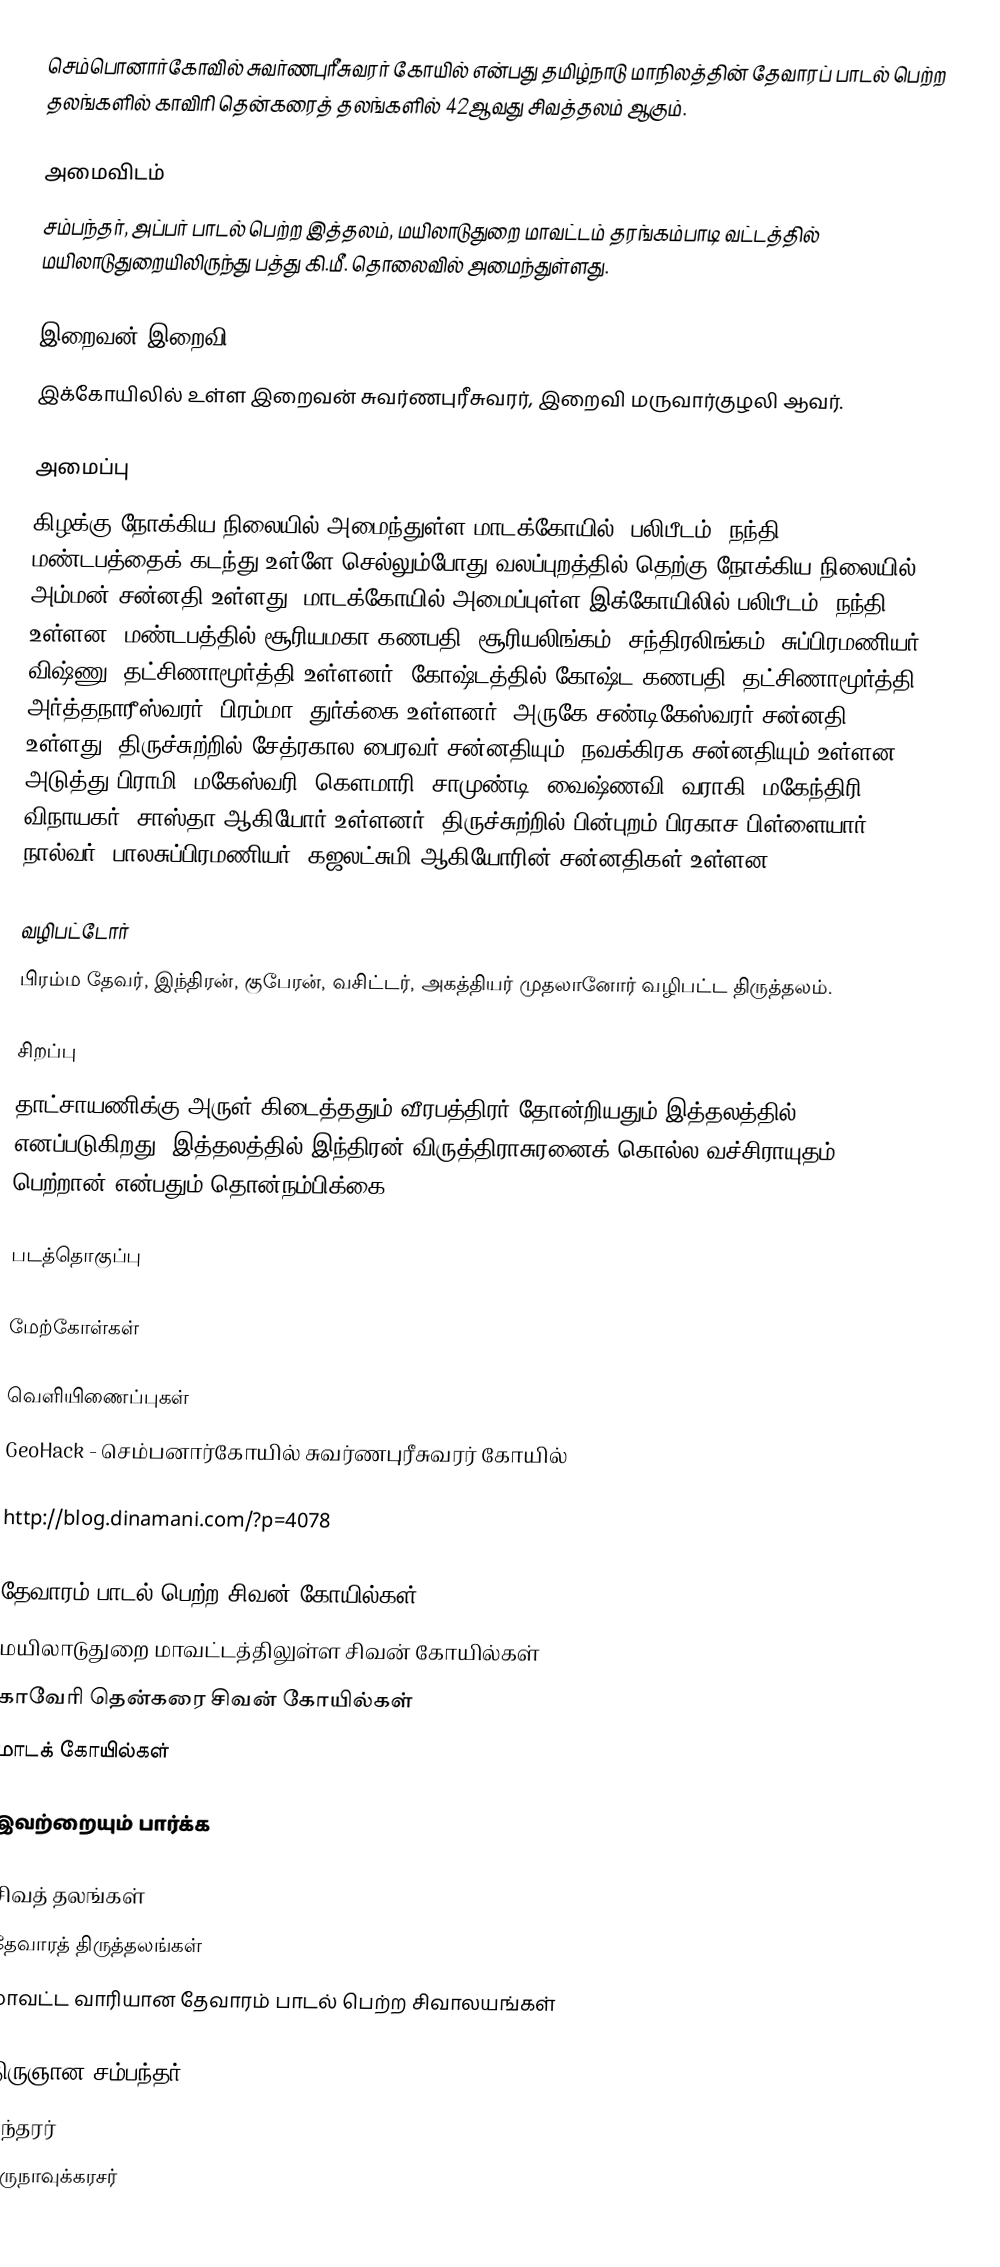
செம்பொனார்கோவில் சுவர்ணபுரீசுவரர் கோயில் என்பது தமிழ்நாடு மாநிலத்தின் தேவாரப் பாடல் பெற்ற தலங்களில் காவிரி தென்கரைத் தலங்களில் 42ஆவது சிவத்தலம் ஆகும்.

அமைவிடம்
சம்பந்தர், அப்பர் பாடல் பெற்ற இத்தலம், மயிலாடுதுறை மாவட்டம்  தரங்கம்பாடி வட்டத்தில் மயிலாடுதுறையிலிருந்து பத்து கி.மீ. தொலைவில் அமைந்துள்ளது.

இறைவன்,இறைவி
இக்கோயிலில் உள்ள இறைவன் சுவர்ணபுரீசுவரர், இறைவி மருவார்குழலி ஆவர்.

அமைப்பு
கிழக்கு நோக்கிய நிலையில் அமைந்துள்ள மாடக்கோயில். பலிபீடம், நந்தி மண்டபத்தைக் கடந்து உள்ளே செல்லும்போது வலப்புறத்தில் தெற்கு நோக்கிய நிலையில் அம்மன் சன்னதி உள்ளது. மாடக்கோயில் அமைப்புள்ள இக்கோயிலில் பலிபீடம், நந்தி உள்ளன. மண்டபத்தில் சூரியமகா கணபதி, சூரியலிங்கம், சந்திரலிங்கம், சுப்பிரமணியர், விஷ்ணு, தட்சிணாமூர்த்தி உள்ளனர். கோஷ்டத்தில் கோஷ்ட கணபதி, தட்சிணாமூர்த்தி, அர்த்தநாரீஸ்வரர், பிரம்மா, துர்க்கை உள்ளனர். அருகே சண்டிகேஸ்வரர் சன்னதி உள்ளது. திருச்சுற்றில் சேத்ரகால பைரவர் சன்னதியும், நவக்கிரக சன்னதியும் உள்ளன. அடுத்து பிராமி, மகேஸ்வரி, கௌமாரி, சாமுண்டி, வைஷ்ணவி, வராகி, மகேந்திரி, விநாயகர், சாஸ்தா ஆகியோர் உள்ளனர். திருச்சுற்றில் பின்புறம் பிரகாச பிள்ளையார், நால்வர், பாலசுப்பிரமணியர், கஜலட்சுமி ஆகியோரின் சன்னதிகள் உள்ளன.

வழிபட்டோர்
பிரம்ம தேவர், இந்திரன், குபேரன், வசிட்டர், அகத்தியர் முதலானோர் வழிபட்ட திருத்தலம்.

சிறப்பு
தாட்சாயணிக்கு அருள் கிடைத்ததும் வீரபத்திரர் தோன்றியதும் இத்தலத்தில் எனப்படுகிறது. இத்தலத்தில் இந்திரன் விருத்திராசுரனைக் கொல்ல வச்சிராயுதம் பெற்றான் என்பதும் தொன்நம்பிக்கை.

படத்தொகுப்பு

மேற்கோள்கள்

வெளியிணைப்புகள்
 GeoHack - செம்பனார்கோயில் சுவர்ணபுரீசுவரர் கோயில்

http://blog.dinamani.com/?p=4078

தேவாரம் பாடல் பெற்ற சிவன் கோயில்கள்
மயிலாடுதுறை மாவட்டத்திலுள்ள சிவன் கோயில்கள்
காவேரி தென்கரை சிவன் கோயில்கள்
மாடக் கோயில்கள்

இவற்றையும் பார்க்க

 சிவத் தலங்கள்
 தேவாரத் திருத்தலங்கள்
 மாவட்ட வாரியான தேவாரம் பாடல் பெற்ற சிவாலயங்கள்

 திருஞான சம்பந்தர்
 சுந்தரர்
 திருநாவுக்கரசர்